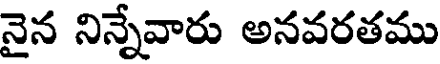
నైన నిన్నేవారు అనవరతము